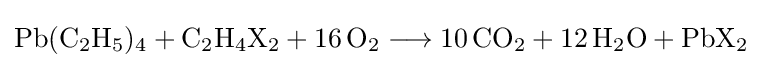
{\mathrm {Pb} (\mathrm {C} {\vphantom {A}}_{\smash[{t}]{2}}\mathrm {H} {\vphantom {A}}_{\smash[{t}]{5}}){\vphantom {A}}_{\smash[{t}]{4}}{}+{}\mathrm {C} {\vphantom {A}}_{\smash[{t}]{2}}\mathrm {H} {\vphantom {A}}_{\smash[{t}]{4}}\mathrm {X} {\vphantom {A}}_{\smash[{t}]{2}}{}+{}16\,\mathrm {O} {\vphantom {A}}_{\smash[{t}]{2}}{}\mathrel {\longrightarrow } {}10\,\mathrm {CO} {\vphantom {A}}_{\smash[{t}]{2}}{}+{}12\,\mathrm {H} {\vphantom {A}}_{\smash[{t}]{2}}\mathrm {O} {}+{}\mathrm {PbX} {\vphantom {A}}_{\smash[{t}]{2}}}